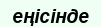
еңісінде